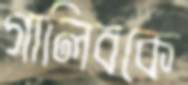
গালিবকে